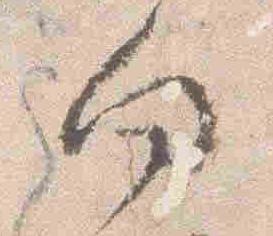
向